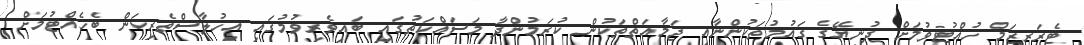
ޓެރަރިޒަމް ހުއްޓުވުމަށް ދުނިޔޭގެ ގައުމުތަކުންނާއި ޖަމާއަތްތަކުން ކުރަމުންދާ މަސައްކަތުގައި ބައިވެރިވުމުގައި އިހުލާސްތެރިކަން ބެހެއްޓުމަށް